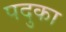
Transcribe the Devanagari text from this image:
पदुका